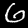
Digit: 6